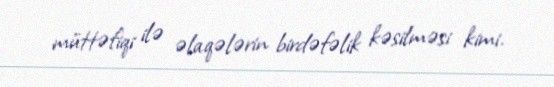
müttəfiqi ilə əlaqələrin birdəfəlik kəsilməsi kimi.